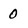
Character: 0